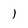
Character: l